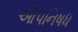
ઔપનિષધ